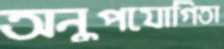
অনুপযোগিতা